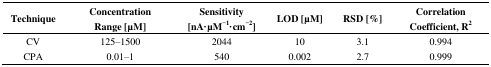
| Technique | Concentration Range [μM] | Sensitivity [nA·μM−1·cm−2] | LOD [μM] | RSD [%] | Correlation Coefficient, R2 |
 | --- | --- | --- | --- | --- | --- |
 | CV | 125–1500 | 2044 | 10 | 3.1 | 0.994 |
 | CPA | 0.01–1 | 540 | 0.002 | 2.7 | 0.999 |